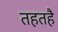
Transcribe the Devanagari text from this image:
तहतहै